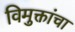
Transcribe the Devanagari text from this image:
विमुक्तांचा